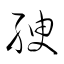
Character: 腴